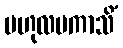
ဗဟုလမကာသိံ